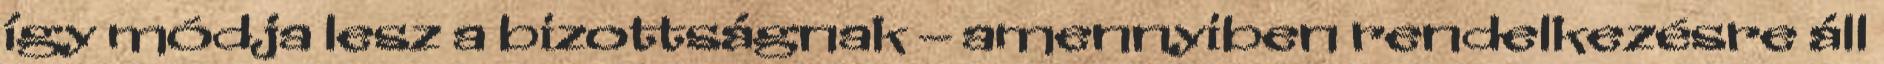
így módja lesz a bizottságnak – amennyiben rendelkezésre áll